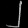
Digit: ၂